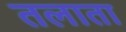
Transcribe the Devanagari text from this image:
तलाता